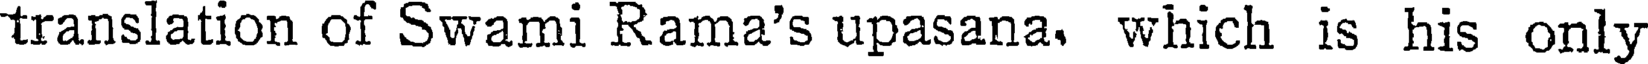
translation of Swami Rama's upasana. which is his only